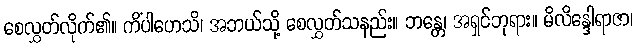
စေလွှတ်လိုက်၏။ ကိံပါဟေသိ၊ အဘယ်သို့ စေလွှတ်သနည်း။ ဘန္တေ၊ အရှင်ဘုရား။ မိလိန္ဒေါရာဇာ၊